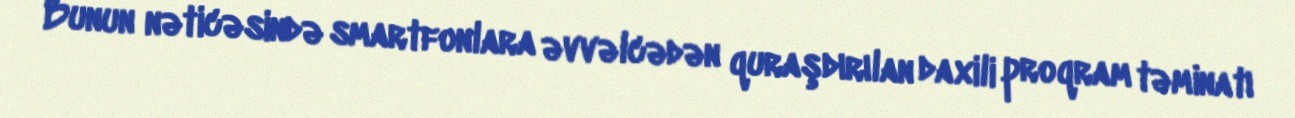
Bunun nəticəsində smartfonlara əvvəlcədən quraşdırılan daxili proqram təminatı